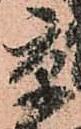
京